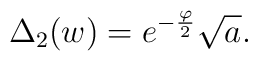
\Delta_{2}(w) = e^{ - \frac{ \varphi}{2}} \sqrt{ a}.